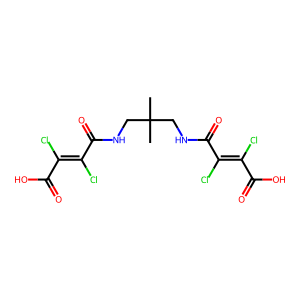
SMILES: CC(C)(CNC(=O)C(Cl)=C(Cl)C(=O)O)CNC(=O)C(Cl)=C(Cl)C(=O)O
Inhibits HIV replication: No